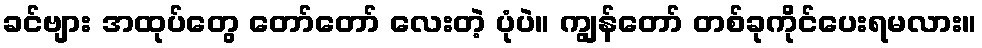
ခင်ဗျား အထုပ်တွေ တော်တော် လေးတဲ့ ပုံပဲ။ ကျွန်တော် တစ်ခုကိုင်ပေးရမလား။